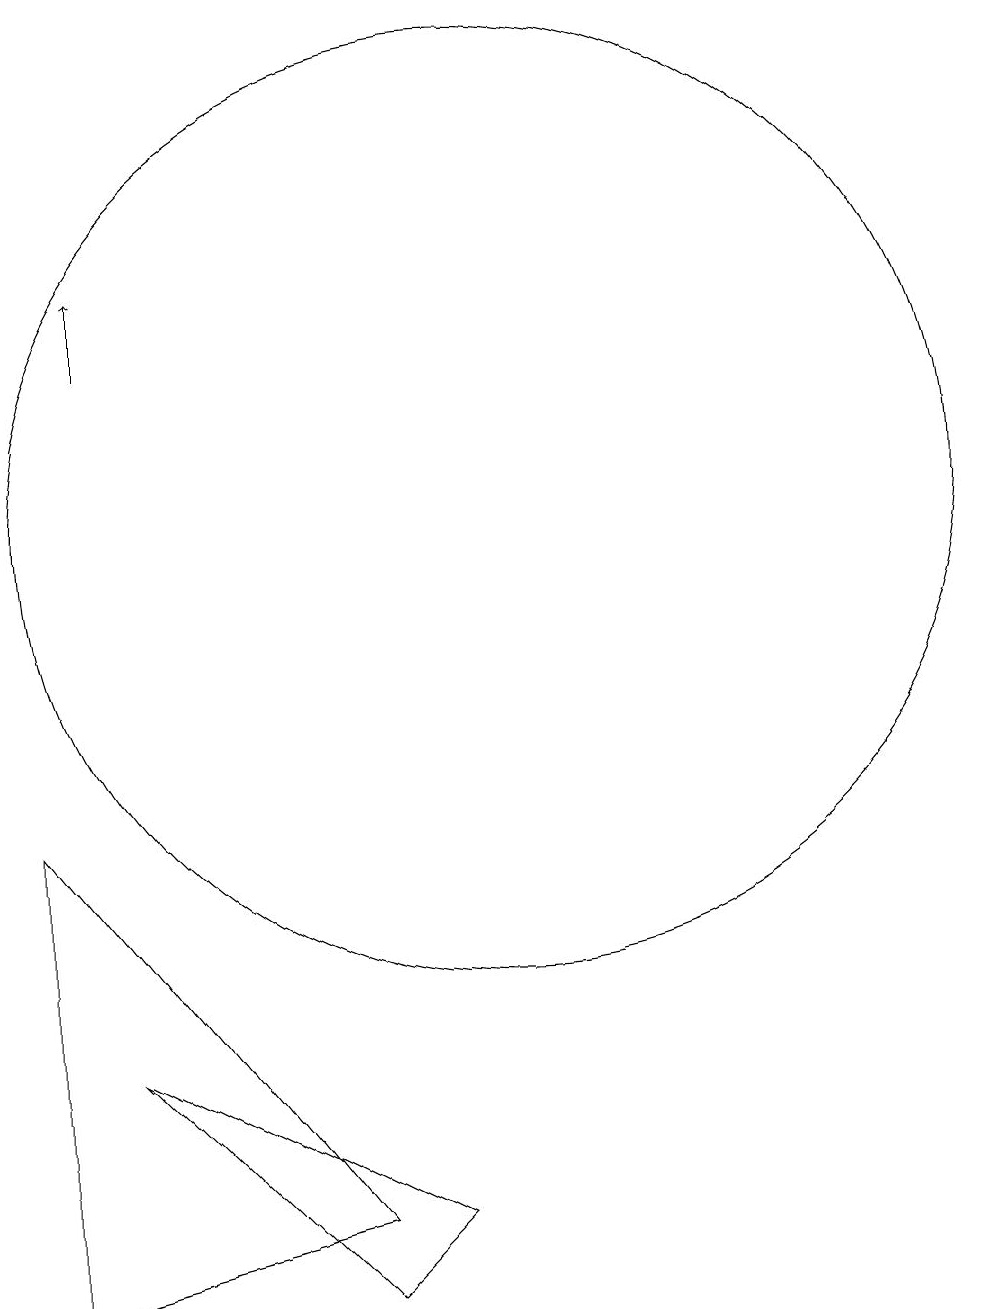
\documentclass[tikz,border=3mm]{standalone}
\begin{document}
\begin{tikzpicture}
\draw (10,10) circle (6);
\draw (4,0) -- (4,6) -- (8,1) -- cycle;
\draw (8,0) -- (9,1) -- (5,3) -- cycle;
\draw[->] (5,12) -- (5,13);
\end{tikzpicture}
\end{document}